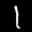
Label: 1